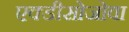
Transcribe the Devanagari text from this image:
एक्डीसोजोवा